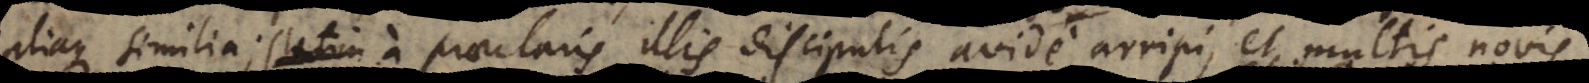
aliaque similia; a praeclaris illis discipulis avide arripi, et multis nov